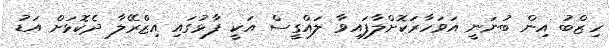
ހިޒްބު އިން ބުނަނީ އަވަހާރަކޮށްލާފައިވާ ލައްގީސް އަކީ ފާޅުގައި އިޒްރޭލާ ދެކޮޅަށް އަޑު